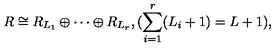
R \cong R _ { L _ { 1 } } \oplus \cdots \oplus R _ { L _ { r } } , ( \sum _ { i = 1 } ^ { r } ( L _ { i } + 1 ) = L + 1 ) ,